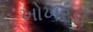
ખોખરડા